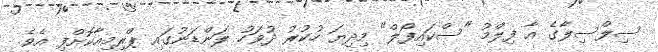
ސިލްސިލާގެ އާ ފިލްމު "ސްކައިފޯލް" މިދިޔަ ހުކުރު ދުވަހު ލަންޑަނުގައި ޕްރިމިއާކޮށްފި އެވެ.